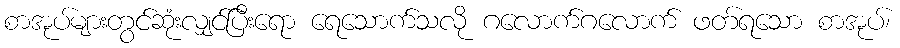
စာအုပ်များတွင်ဆုံးလျှင်ပြီးရော ရေသောက်သလို ဂလောက်ဂလောက် ဖတ်ရသော စာအုပ်၊